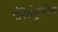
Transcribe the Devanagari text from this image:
गोनैडोट्रॉपिन्स